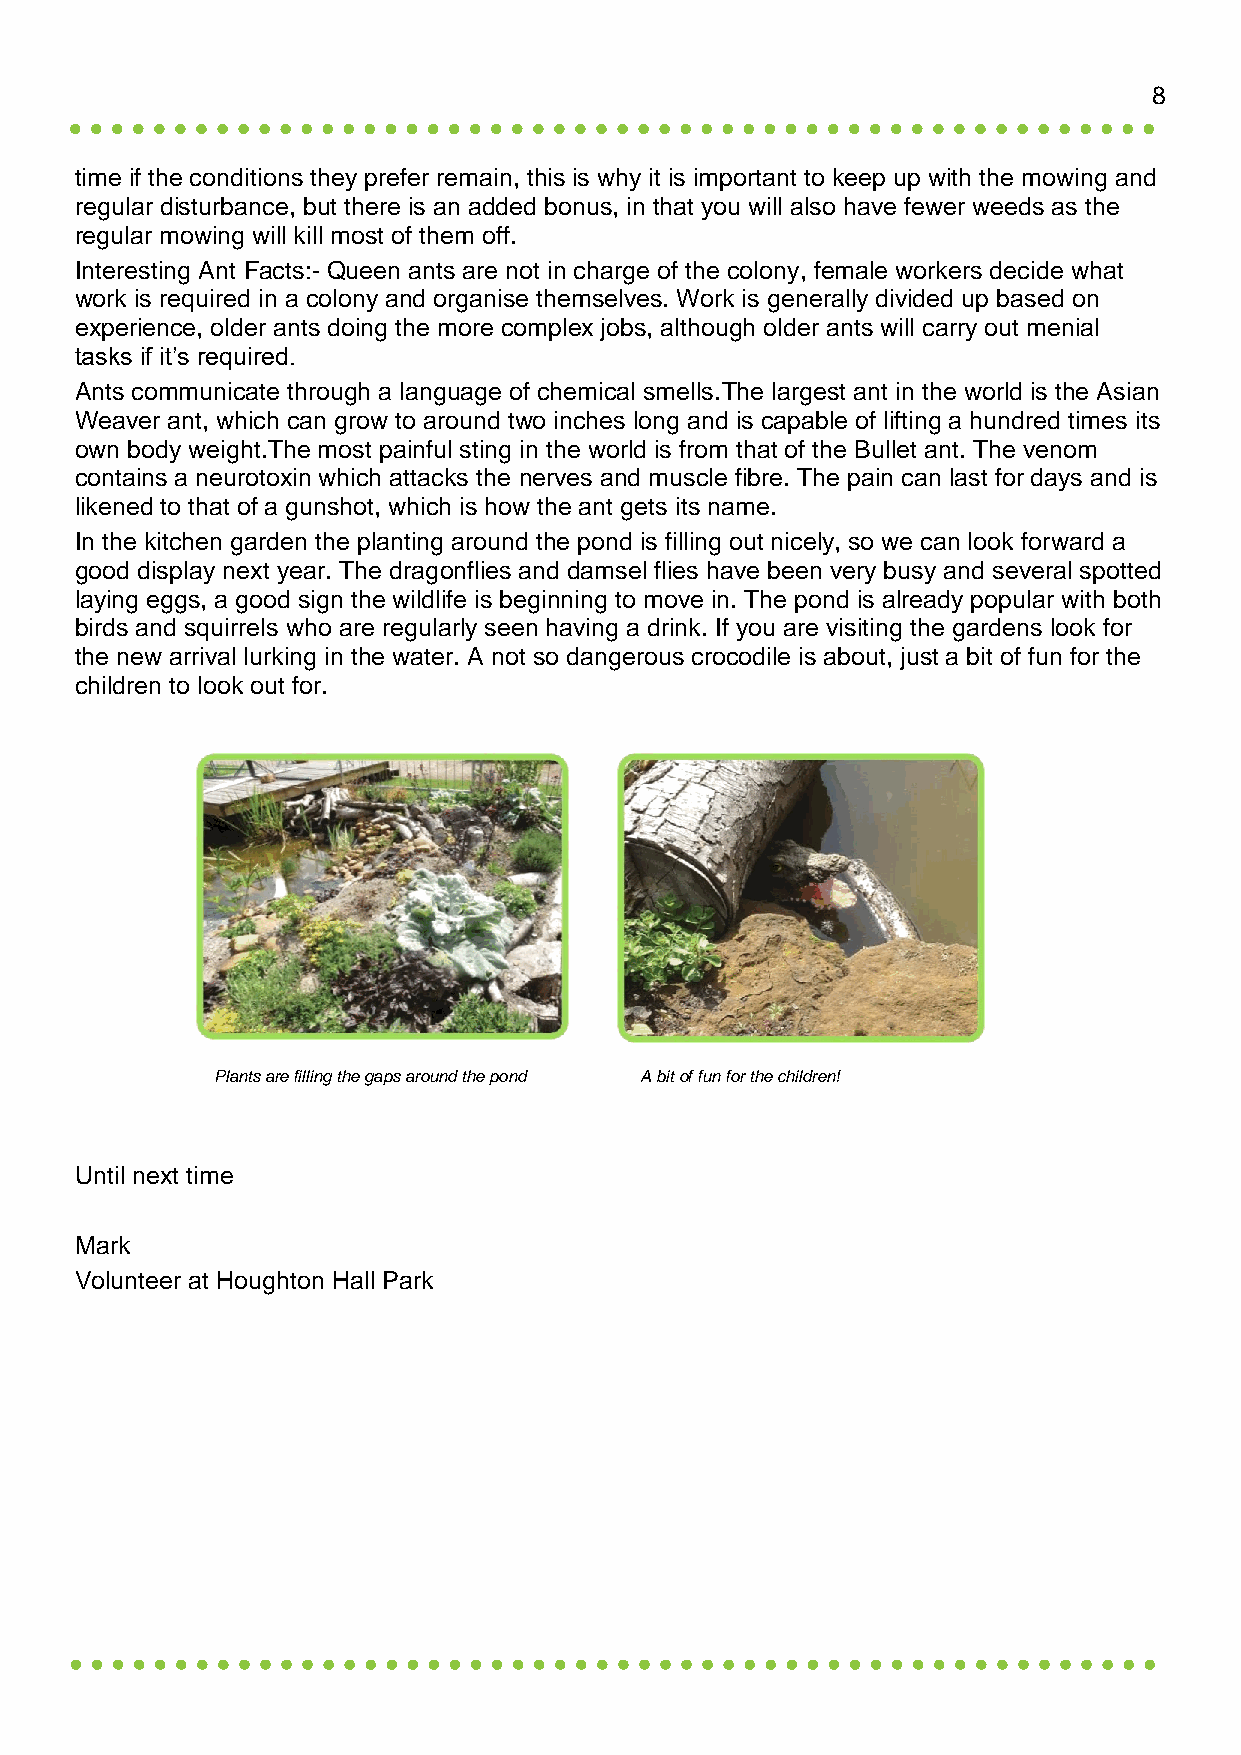
8
 time if the conditions they prefer remain, this is why it is important to keep up with the mowing and
 regular disturbance, but there is an added bonus, in that you will also have fewer weeds as the
 regular mowing will kill most of them off.
 Interesting Ant Facts:- Queen ants are not in charge of the colony, female workers decide what
 work is required in a colony and organise themselves. Work is generally divided up based on
 experience, older ants doing the more complex jobs, although older ants will carry out menial
 tasks if it’s required.
 Ants communicate through a language of chemical smells.The largest ant in the world is the Asian
 Weaver ant, which can grow to around two inches long and is capable of lifting a hundred times its
 own body weight.The most painful sting in the world is from that of the Bullet ant. The venom
 contains a neurotoxin which attacks the nerves and muscle fibre. The pain can last for days and is
 likened to that of a gunshot, which is how the ant gets its name.
 In the kitchen garden the planting around the pond is filling out nicely, so we can look forward a
 good display next year. The dragonflies and damsel flies have been very busy and several spotted
 laying eggs, a good sign the wildlife is beginning to move in. The pond is already popular with both
 birds and squirrels who are regularly seen having a drink. If you are visiting the gardens look for
 the new arrival lurking in the water. A not so dangerous crocodile is about, just a bit of fun for the
 children to look out for.
 Plants are filling the gaps around the pond A bit of fun for the children!
 Until next time
 Mark
 Volunteer at Houghton Hall Park